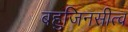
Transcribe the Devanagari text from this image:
बहुजिनसीत्व